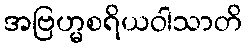
အဗြဟ္မစရိယဝါသာတိ